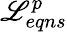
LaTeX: \mathscr{L}_{eqns}^{p}